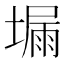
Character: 𡏺